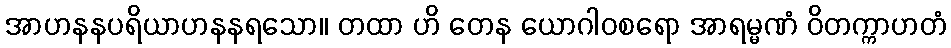
အာဟနနပရိယာဟနနရသော။ တထာ ဟိ တေန ယောဂါဝစရော အာရမ္မဏံ ဝိတက္ကာဟတံ